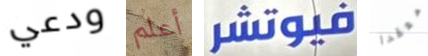
ودعي أعلم فيوتشر معقدا